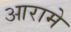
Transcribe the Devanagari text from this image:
आरामे